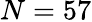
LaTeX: N=57